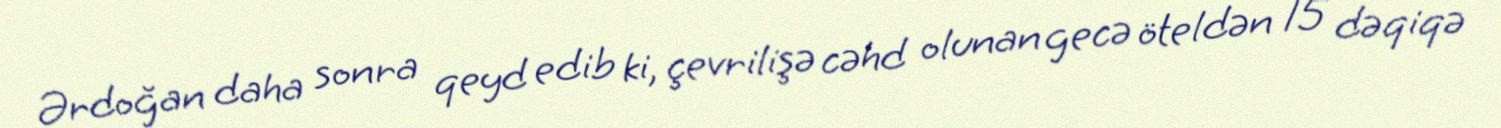
Ərdoğan daha sonra qeyd edib ki, çevrilişə cəhd olunan gecə öteldən 15 dəqiqə